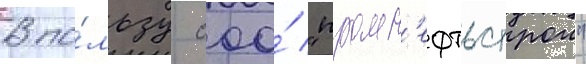
В по́льзу ооо́ "промн'ефтьстрои"